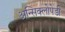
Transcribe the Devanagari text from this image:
अन्सिक्लोपेडी